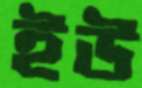
ইউ